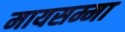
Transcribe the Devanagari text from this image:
मायसम्मा